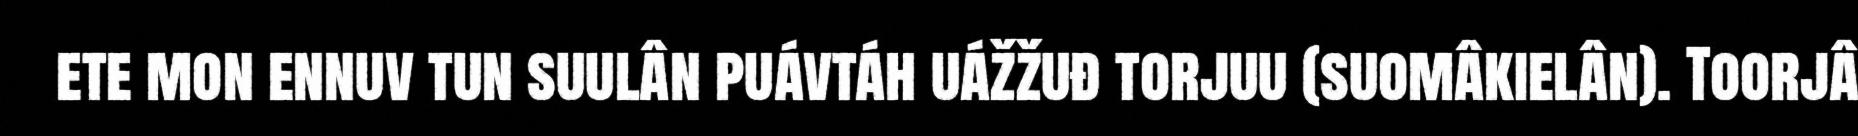
ete mon ennuv tun suulân puávtáh uážžuđ torjuu (suomâkielân). Toorjâ